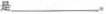
是___。